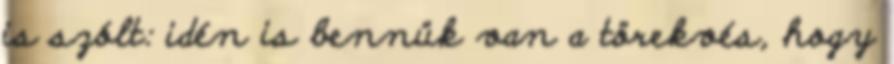
is szólt: idén is bennük van a törekvés, hogy